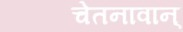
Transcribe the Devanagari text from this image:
चेतनावान्‌